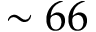
\sim 6 6